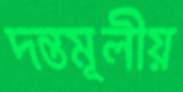
দন্তমূলীয়